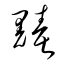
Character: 黷